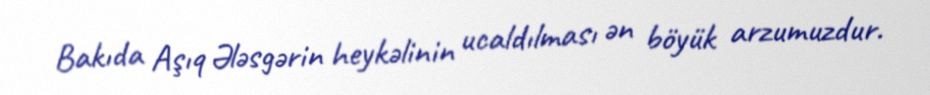
Bakıda Aşıq Ələsgərin heykəlinin ucaldılması ən böyük arzumuzdur.